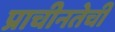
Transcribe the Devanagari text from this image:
प्राचीनतेची